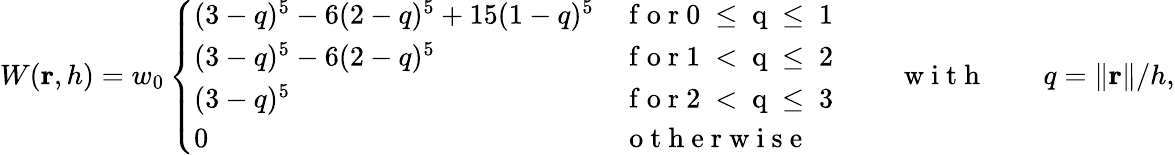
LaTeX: W(\mathbf{r},h)=w_{0}\left\{ \begin{array}{ll}{(3-q)^{5}-6(2-q)^{5}+15(1-q)^{5}}&{\mathrm{~f~o~r~0~\leq~q~\leq~1~}}\\ {(3-q)^{5}-6(2-q)^{5}}&{\mathrm{~f~o~r~1~<~q~\leq~2~}}\\ {(3-q)^{5}}&{\mathrm{~f~o~r~2~<~q~\leq~3~}}\\ {0}&{\mathrm{~o~t~h~e~r~w~i~s~e~}}\end{array}\right.\qquad\mathrm{~w~i~t~h~}\qquad q={\lVert}\mathbf{r}{\rVert}/h,